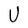
Character: U